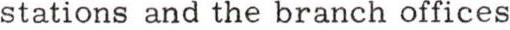
stations and the branch offices